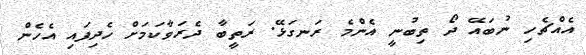
އެއްޗެހި ނުބައޭ ދޯ ތިބުނީ އެންމެ ރަނގަޅޭ. ރަތީބާ ދެރަވާކަމަށް ހެދިފައި އެހެން